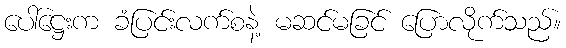
ပေါ်ဋ္ဌေးက ခံပြင်းလက်စနဲ့ မဆင်မခြင် ပြောလိုက်သည်။